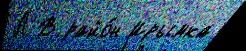
Л В райо́н Ирымка